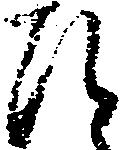
ひ